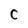
Character: C